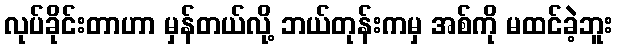
လုပ်ခိုင်းတာဟာ မှန်တယ်လို့ ဘယ်တုန်းကမှ အစ်ကို မထင်ခဲ့ဘူး